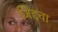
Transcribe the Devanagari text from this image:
जिद्दचा